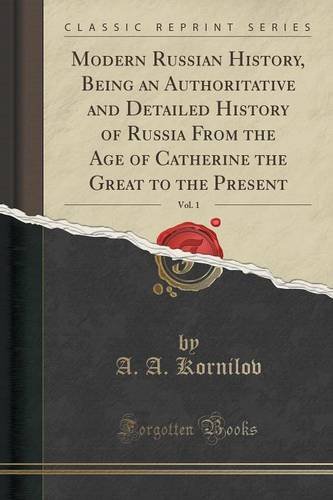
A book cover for Modern Russian History, Being an Authoritative and Detailed History of Russia From the Age of Catherine the Great to the Present, Vol. 1 (Classic Reprint); A. A. Kornilov; History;